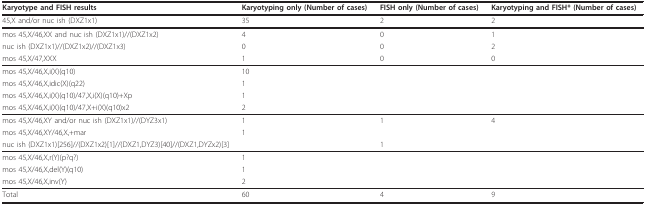
| Karyotype and FISH results | Karyotyping only (Number of cases) | FISH only (Number of cases) | Karyotyping and FISH* (Number of cases) |
 | --- | --- | --- | --- |
 | 45,X and/or nuc ish (DXZ1x1) | 35 | 2 | 2 |
 | mos 45,X/46,XX and nuc ish (DXZ1x1)//(DXZ1x2) | 4 | 0 | 1 |
 | nuc ish (DXZ1x1)//(DXZ1x2)//(DXZ1x3) | 0 | 0 | 2 |
 | mos 45,X/47,XXX | 1 | 0 | 0 |
 | mos 45,X/46,X,i(X)(q10) | 10 |  |  |
 | mos 45,X/46,X,idic(X)(q22) | 1 |  |  |
 | mos 45,X/46,X,i(X)(q10)/47,X,i(X)(q10)+Xp | 1 |  |  |
 | mos 45,X/46,X,i(X)(q10)/47,X+i(X)(q10)x2 | 2 |  |  |
 | mos 45,X/46,XY and/or nuc ish (DXZ1x1)//(DYZ3x1) | 1 | 1 | 4 |
 | mos 45,X/46,XY/46,X,+mar | 1 |  |  |
 | nuc ish (DXZ1x1)[256]//(DXZ1x2)[1]//(DXZ1,DYZ3)[40]//(DXZ1,DYZx2)[3] |  | 1 |  |
 | mos 45,X/46,X,r(Y)(p?q?) | 1 |  |  |
 | mos 45,X/46,X,del(Y)(q10) | 1 |  |  |
 | mos 45,X/46,X,inv(Y) | 2 |  |  |
 | Total | 60 | 4 | 9 |